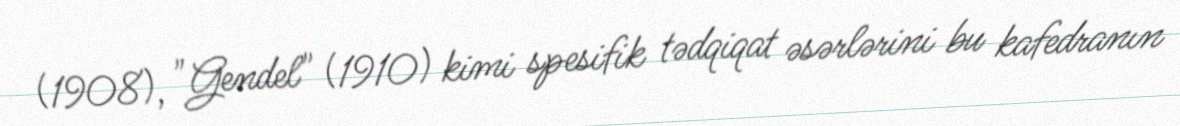
(1908), "Gendel" (1910) kimi spesifik tədqiqat əsərlərini bu kafedranın